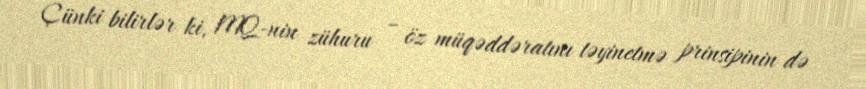
Çünki bilirlər ki, MQ-nin zühuru – öz müqəddəratını təyinetmə prinsipinin də